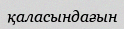
қаласындағын